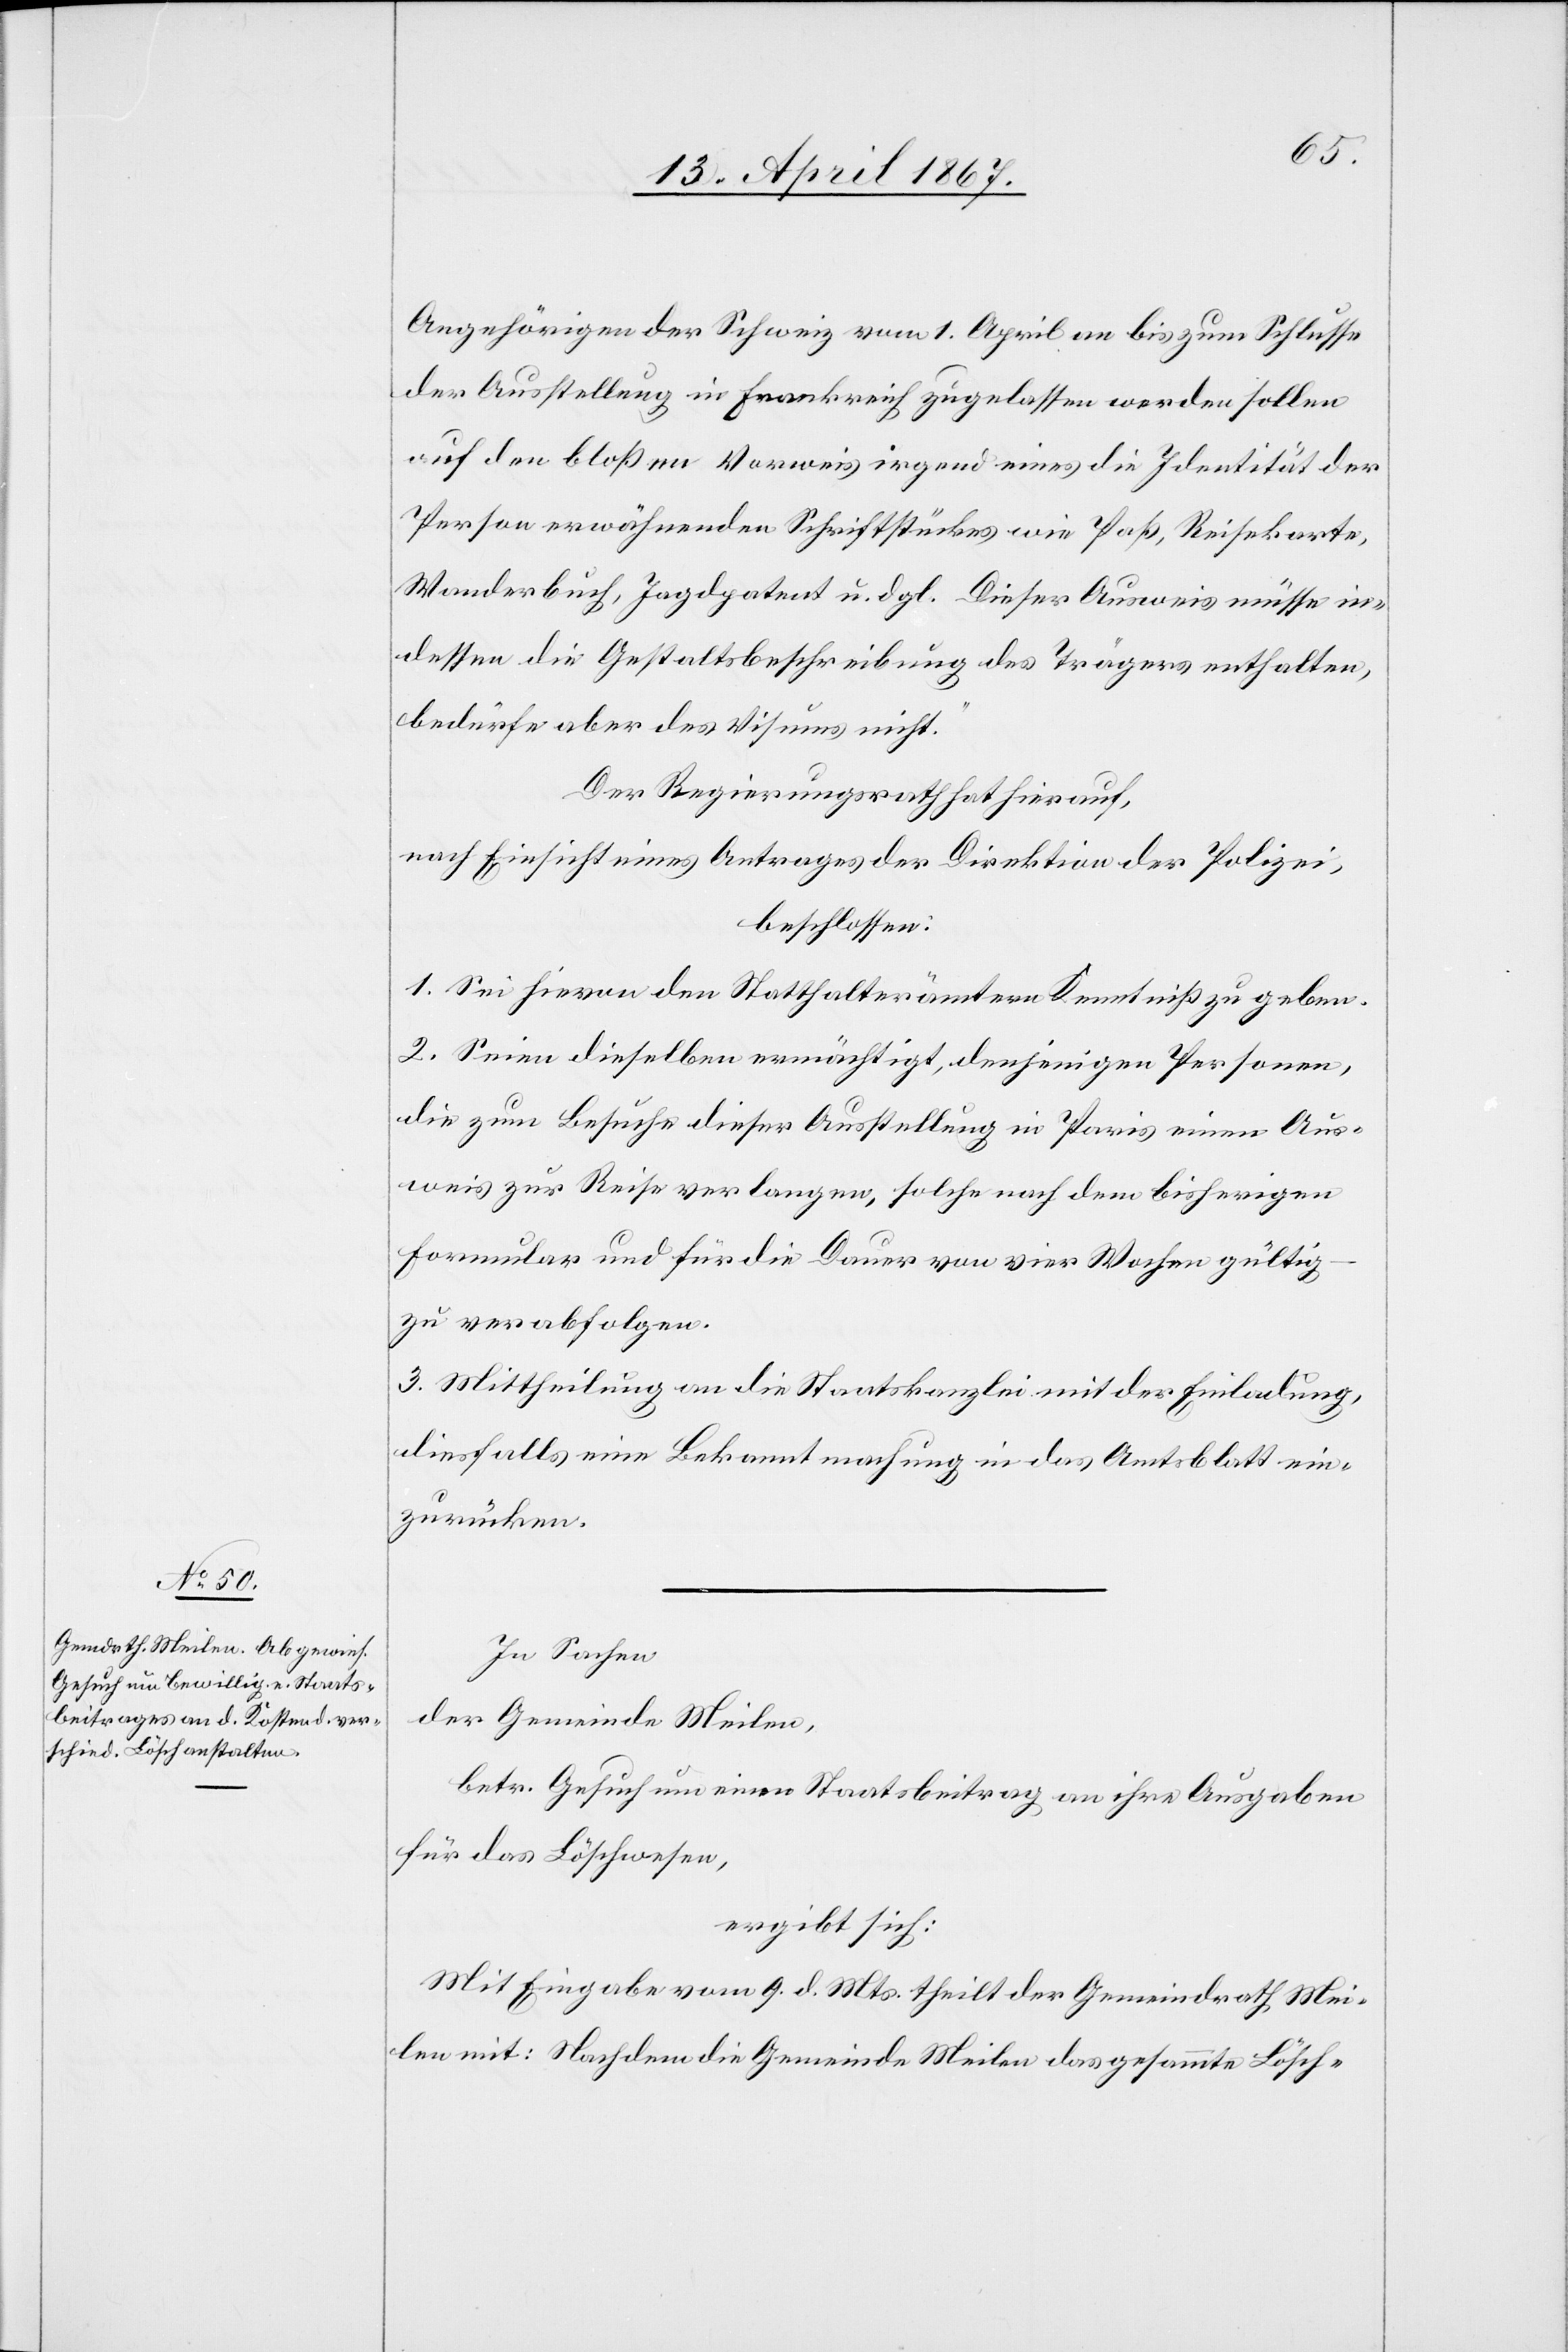
Angehörigen der Schweiz vom 1. April an bis zum Schlusse
der Ausstellung in Frankreich zugelassen werden sollen
auf den bloßen Verweis irgend eines die Identität der
Person erwähnenden Schriftstückes wie Paß, Reisekarte,
Wanderbuch, Jagdpatent u. dgl. Dieser Ausweis müsse in¬
dessen die Gestaltsbeschreibung des Trägers enthalten,
bedürfe aber des Visums nicht.“
Der Regierungsrath hat hierauf,
nach Einsicht eines Antrages der Direktion der Polizei,
beschlossen:
1. Sei hievon den Statthalterämtern Kenntniß zu geben.
2. Seien dieselben ermächtigt, denjenigen Personen,
die zum Besuche dieser Ausstellung in Paris einen Aus¬
weis zur Reise verlangen, solche nach dem bisherigen
Formular und für die Dauer von vier Wochen gültig
zu verabfolgen.
3. Mittheilung an die Staatskanzlei mit der Einladung,
diesfalls eine Bekanntmachung in das Amtsblatt ein¬
zurücken.
In Sachen
der Gemeinde Meilen,
betr. Gesuch um einen Staatsbeitrag an ihre Ausgaben
für das Löschwesen,
ergibt sich:
Mit Eingabe vom 9. d. Mts theilt der Gemeinderath Mei¬
len mit: Nachdem die Gemeinde Meilen das gesammte Lösch-